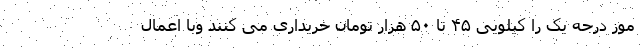
موز درجه یک را کیلویی ۴۵ تا ۵۰ هزار تومان خریداری می کنند وبا اعمال